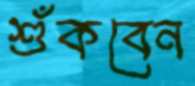
শুঁকবেন